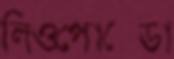
লিওপোল্ডো